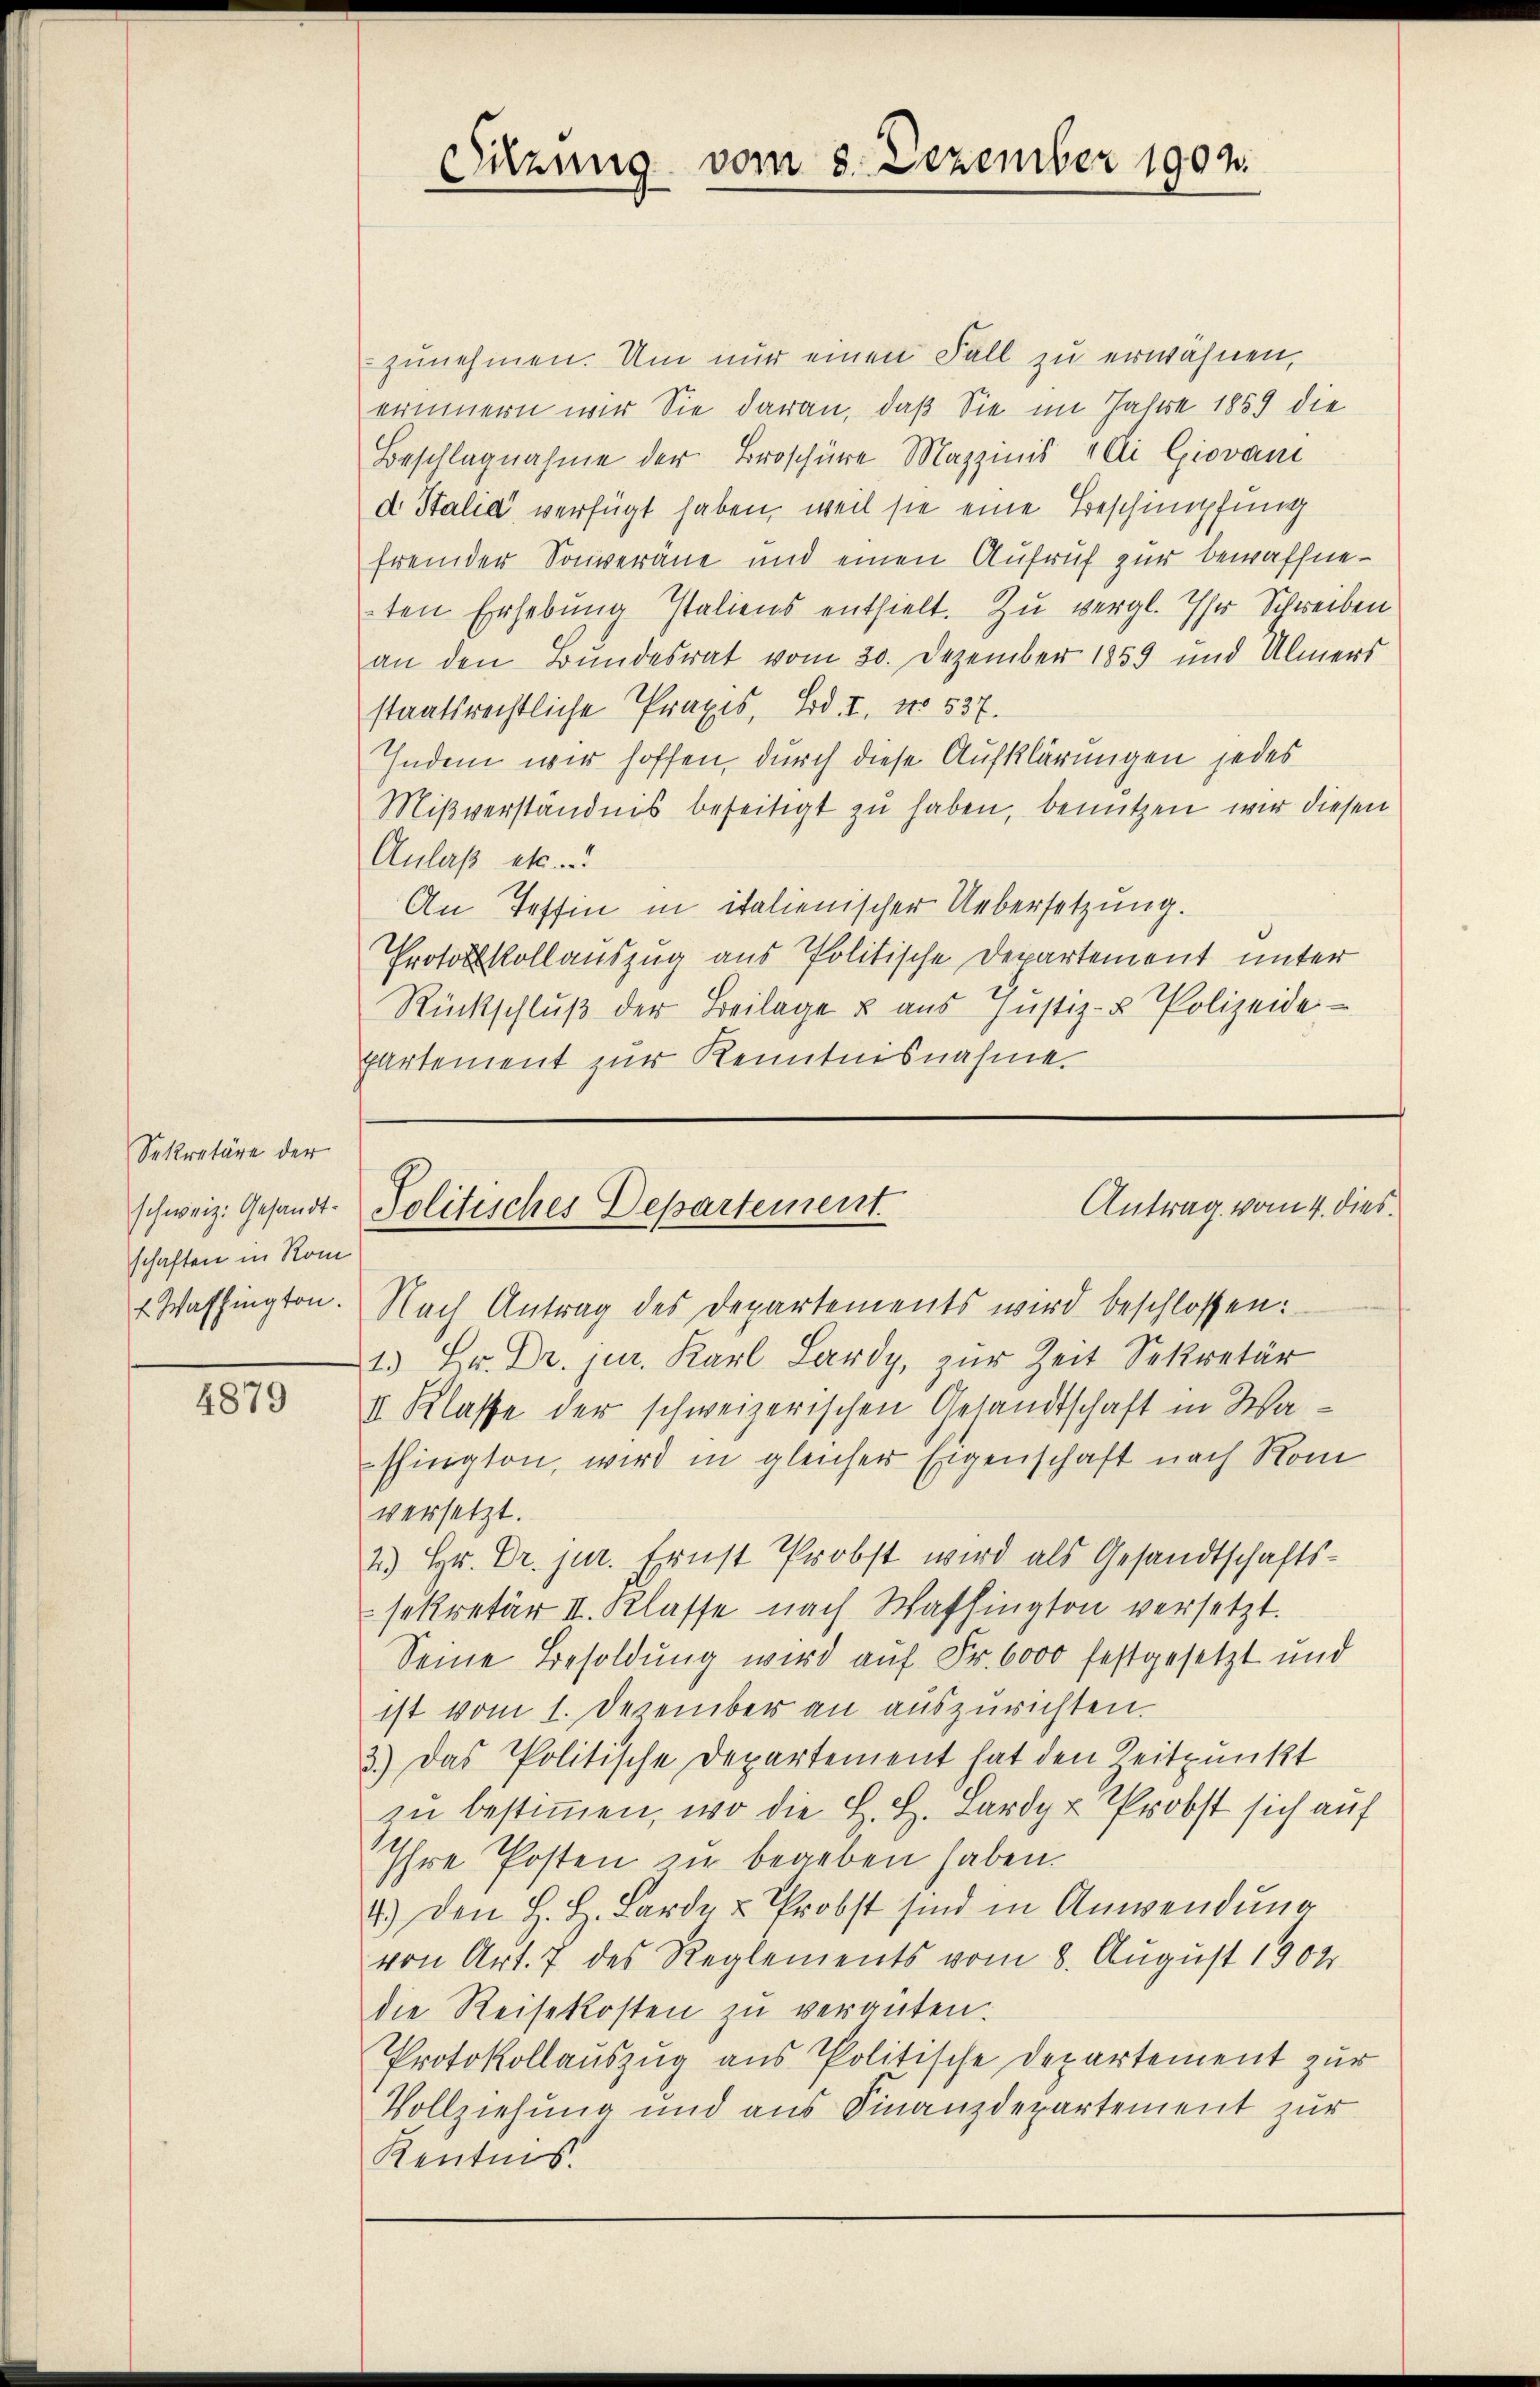
Sekretäre der
schaften in Rom

4879

zunehmen. Um nur einen Fall zu erwähnen,
erinnern wir Sie daran, daß Sie im Jahre 1859 die
Beschlagnahme der Broschüre Mazzinis Ali Giovani
d Stalia verfügt haben, weil sie eine Beschimpfung
fremder Souverane und einen Aufruf zur bewaffneten Erhebung Italiens enthielt. Zu vergl. Ihr Schreiben
an den Bundesrat vom 20. Dezember 1859 und Ulmers
staatsrechtliche Praxis, Bd. I, No 537.
Indem wir hoffen, durch diese Aufklärungen jedes
Mißverständnis beseitigt zu haben, benutzen wir diesen
Anlaß etc.
An Tessin in italienischer Uebersetzung.
Protokollauszug aus Politische Departement unter
Rückschluß der Beilage & aus Justiz- & Polizeide
Partement zur Kenntnisnahme.

Sitzung vom 8. Dezember 1902.

Antrag vom 4. dies
schweiz. Gesandt. Politisches Departement

Washington. Nach Antrag des Departements wird beschlossen:
1. Hr. Dr. jur. Karl Lardy, zur Zeit Sekretär
II. Klasse der schweizerischen Gesandtschaft in Washington, wird in gleicher Eigenschaft nach Rom
versetzt.
2) Hr. Dr. jur. Ernst Probst wird als Gesandtschafts-
sekretär II. Klasse nach Washington versetzt.
Seine Besoldung wird auf Fr. 6000 festgesetzt und
ist vom 1. Dezember an auszurichten.
3.) Das Politische Departement hat den Zeitpunkt
zu bestimmen, wo die H. H. Lardy u Probst sich auf
Ihre Posten in begeben haben.
4.) Den H. H. Lardy u Probst sind in Anwendung
von Art. 7 des Reglements vom 8. August 1904
die Reisekosten zu vergüten.
Protokollauszug aus Politische Departement zur
Vollziehung und aus Finanzdepartement zur
Kentnis.